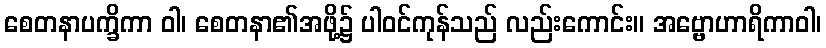
စေတနာပက္ခိကာ ဝါ၊ စေတနာ၏အဖို့၌ ပါဝင်ကုန်သည် လည်းကောင်း။ အဗ္ဗောဟာရိကာဝါ၊